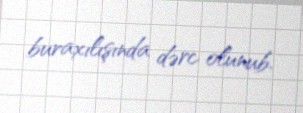
buraxılışında dərc olunub.